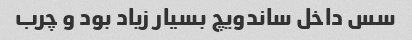
سس داخل ساندویچ بسیار زیاد بود و چرب